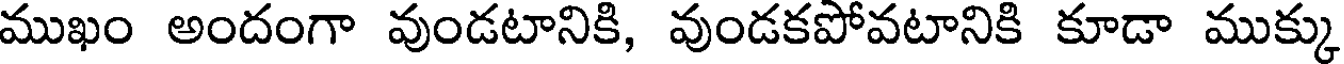
ముఖం అందంగా వుండటానికి, వుండకపోవటానికి కూడా ముక్కు